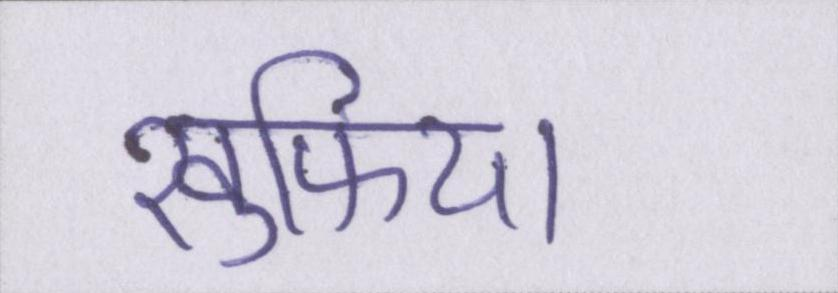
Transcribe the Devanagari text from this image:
खुफिया